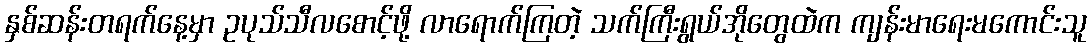
နှစ်ဆန်းတရက်နေ့မှာ ဥပုသ်သီလစောင့်ဖို့ လာရောက်ကြတဲ့ သက်ကြီးရွယ်အိုတွေထဲက ကျန်းမာရေးမကောင်းသူ